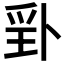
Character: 𭶬